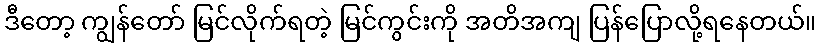
ဒီတော့ ကျွန်တော် မြင်လိုက်ရတဲ့ မြင်ကွင်းကို အတိအကျ ပြန်ပြောလို့ရနေတယ်။